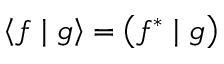
\left\langle f \mid g \right\rangle = \left( f ^ { * } \mid g \right)